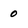
Character: 0